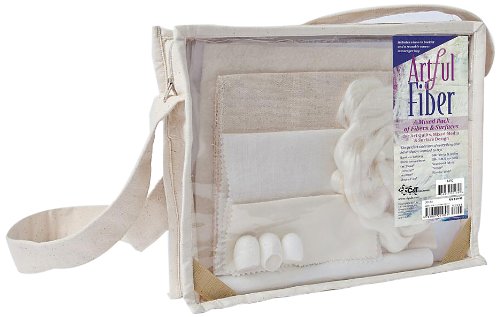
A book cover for Artful Fiber: A Mixed Pack of Fibers & Surfaces for Art Quilts, Mixed-Media & Surface Design; C&T Publishing; Crafts, Hobbies & Home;